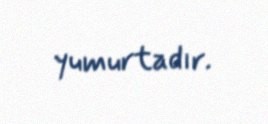
yumurtadır.